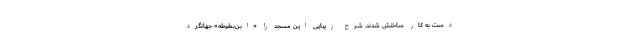
دست به کار ساختش شدند. شرح زیبایی این مسجد را «ابن‌بطوطه» جهانگرد